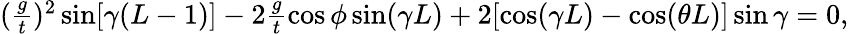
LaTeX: \begin{array}{r}{(\frac{g}{t})^{2}\sin[\gamma(L-1)]-2\frac{g}{t}\cos\phi\sin(\gamma L)+2[\cos(\gamma L)-\cos(\theta L)]\sin\gamma=0,}\end{array}